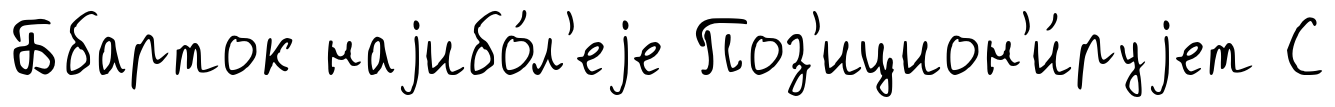
Ббарток наjибо́л'еjе Поз'ицион'и́руjет С